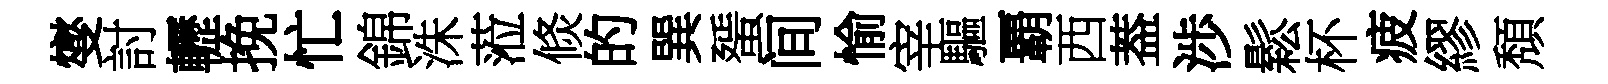
燮討轣挽忙錦洙蒞倐的巽蜑间愉宰驅覇西葢渉鬆杯疲繆頽